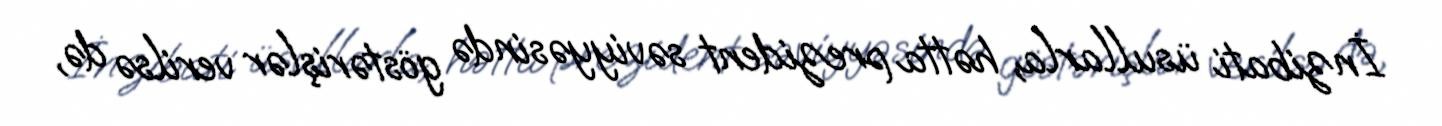
İnzibati üsullarla, hətta prezident səviyyəsində göstərişlər verilsə də,